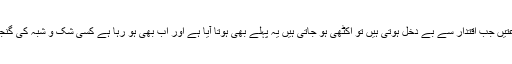
یہ دونوں جماعتیں جب اقتدار سے بے دخل ہوتی ہیں تو اکٹھی ہو جاتی ہیں یہ پہلے بھی ہوتا آیا ہے اور اب بھی ہو رہا ہے کسی شک و شبہ کی گنجائش نہیں ہے۔